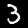
Label: 3